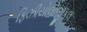
ફિઝીયોલોજીકલ